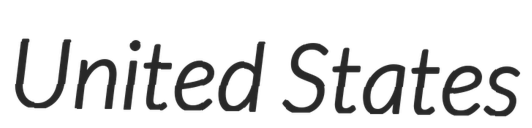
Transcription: United States